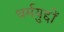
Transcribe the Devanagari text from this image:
धर्मयुद्दों